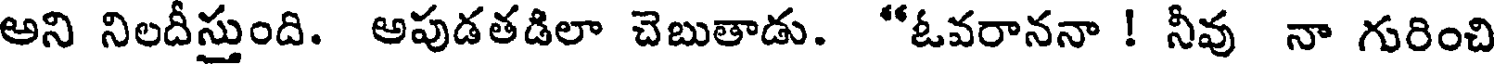
అని నిలదీస్తుంది. అపుడతడిలా చెబుతాడు. "ఓవరాననా ! నీవు నా గురించి